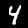
Digit: 4